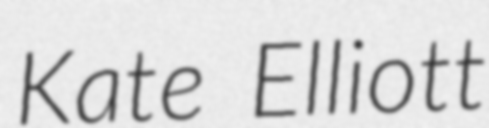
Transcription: Kate Elliott